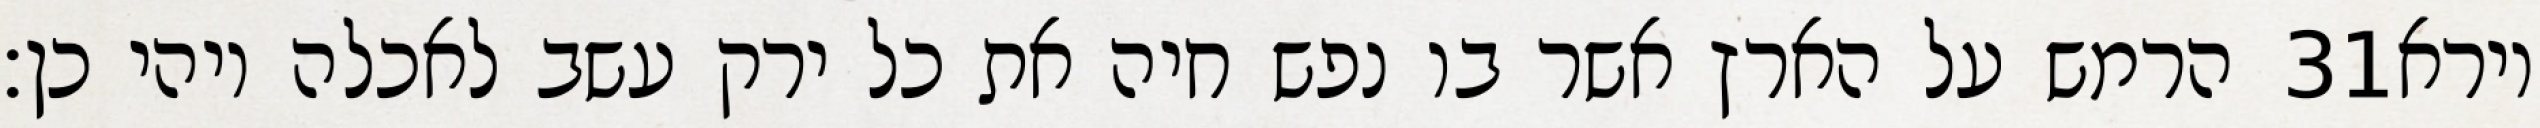
הרמש על הארץ אשר בו נפש חיה את כל ירק עשב לאכלה ויהי כן׃ ‎31‏ וירא